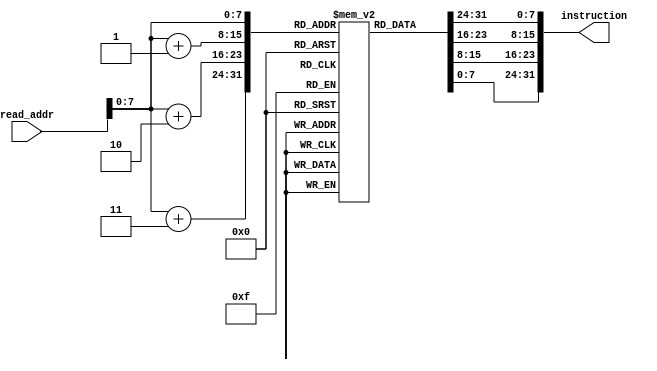
`timescale 1ns / 1ps

module instr_mem(instruction, read_addr);
    parameter word = 32;
    parameter byte = 8;
    parameter line = 42;
    
    input   [word - 1:0]    read_addr;
    output  [word - 1:0]    instruction;
    
    reg     [byte - 1:0]    mem[4*line - 1:0];
    reg     [word - 1:0]    instruction;
    integer                 n;
    
    initial begin
            for (n = 0; n < 4*line; n = n + 1) begin
                mem[n] = 0;
            end
            { mem[0], mem[1], mem[2], mem[3] } = 32'b00100000000010000000000000100000; // 1
            { mem[4], mem[5], mem[6], mem[7] } = 32'b00100000000010010000000000110111; // 2
            { mem[8], mem[9], mem[10], mem[11] } = 32'b00000001000010011000000000100100; // 3
            { mem[12], mem[13], mem[14], mem[15] } = 32'b00000001000010011000000000100101; // 4
            { mem[16], mem[17], mem[18], mem[19] } = 32'b10101100000100000000000000000100; // 5
            { mem[20], mem[21], mem[22], mem[23] } = 32'b10101100000010000000000000001000; // 6
            { mem[24], mem[25], mem[26], mem[27] } = 32'b00000001000010011000100000100000; // 7
            { mem[28], mem[29], mem[30], mem[31] } = 32'b00000001000010011001000000100010; // 8
            { mem[32], mem[33], mem[34], mem[35] } = 32'b00010010001100100000000000001001; // 9
            { mem[36], mem[37], mem[38], mem[39] } = 32'b10001100000100010000000000000100; // 10
            { mem[40], mem[41], mem[42], mem[43] } = 32'b10001100000100110000000000001000; // 13
            { mem[44], mem[45], mem[46], mem[47] } = 32'b00110010001100100000000001001000; // 11
            { mem[48], mem[49], mem[50], mem[51] } = 32'b00010010001100100000000000001001; // 12
            { mem[52], mem[53], mem[54], mem[55] } = 32'b00010010000100110000000000001010; // 14
            { mem[56], mem[57], mem[58], mem[59] } = 32'b00000010010100011010000000101010; // 15
            { mem[60], mem[61], mem[62], mem[63] } = 32'b00010010100000000000000000001111; // 16
            { mem[64], mem[65], mem[66], mem[67] } = 32'b00000010001000001001000000100000; // 17
            { mem[68], mem[69], mem[70], mem[71] } = 32'b00001000000000000000000000001110; // 18
            { mem[72], mem[73], mem[74], mem[75] } = 32'b00100000000010000000000000000000; // 19
            { mem[76], mem[77], mem[78], mem[79] } = 32'b00100000000010010000000000000000; // 20
            { mem[80], mem[81], mem[82], mem[83] } = 32'b00001000000000000000000000011111; // 21
            { mem[84], mem[85], mem[86], mem[87] } = 32'b00100000000010000000000000000001; // 22
            { mem[88], mem[89], mem[90], mem[91] } = 32'b00100000000010010000000000000001; // 23
            { mem[92], mem[93], mem[94], mem[95] } = 32'b00001000000000000000000000011111; // 24
            { mem[96], mem[97], mem[98], mem[99] } = 32'b00100000000010000000000000000010; // 25
            { mem[100], mem[101], mem[102], mem[103] } = 32'b00100000000010010000000000000010; // 26
            { mem[104], mem[105], mem[106], mem[107] } = 32'b00001000000000000000000000011111; // 27
            { mem[108], mem[109], mem[110], mem[111] } = 32'b00100000000010000000000000000011; // 28
            { mem[112], mem[113], mem[114], mem[115] } = 32'b00100000000010010000000000000011; // 29
            { mem[116], mem[117], mem[118], mem[119] } = 32'b00001000000000000000000000011111; // 30
            // $readmemb("D:/JI/2020 fall/VE370 Intro to Computer Organization/Projects/P2/InstructionMem_for_P2_Demo_bonus.txt", mem);
    end
    
    always @(read_addr) begin
        instruction = {mem[read_addr], mem[read_addr+1], mem[read_addr+2], mem[read_addr+3]};
    end
endmodule